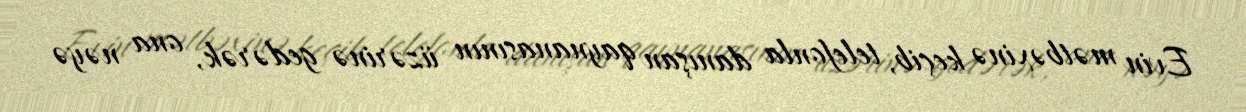
Evin mətbəxinə keçib, telefonla danışan qaynanasının üzərinə gedərək, ona nəyə